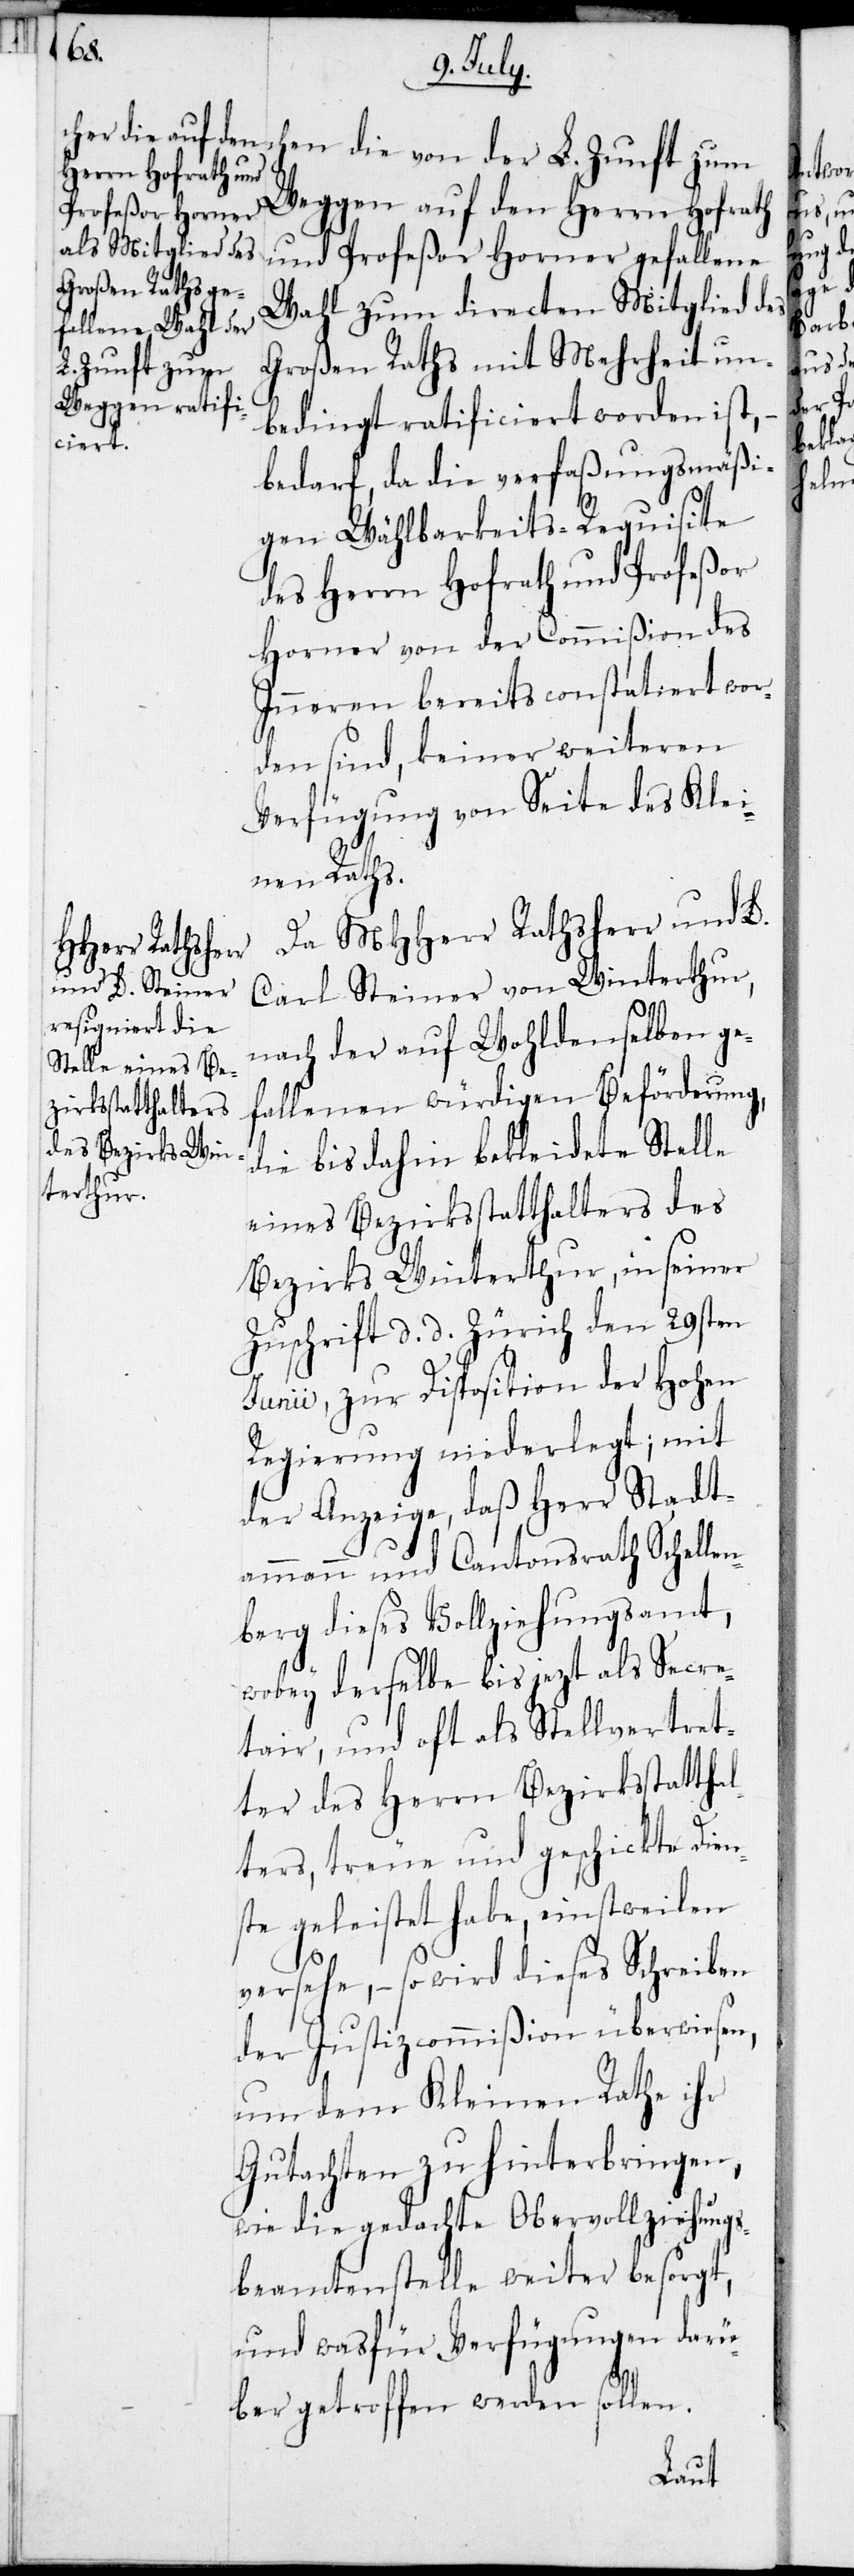
chen die von der L. Zunft zum
Weggen auf den Herrn Hofrath
und Profeßor Horner gefallene
Wahl zum directen Mitglied des
Großen Raths mit Mehrheit un¬
bedingt ratificiert worden ist, –
bedarf, da die verfaßungsmäßi¬
gen Wählbarkeits-Requisite
des Herrn Hofrath und Profeßor
Horner von der Commißion des
Inneren bereits constatiert wor¬
den sind, keiner weiteren
Verfügung von Seite des Klei¬
nen Raths.
Da MHHerr Rathsherr und L.
Carl Steiner von Winterthur,
nach der auf Wohldenselben ge¬
fallenen würdigen Beförderung,
die bis dahin bekleidete Stelle
eines Bezirksstatthalters des
Bezirks Winterthur, in seiner
Zuschrift d. d. Zürich den 29sten
Junii, zur Disposition der Hohen
Regierung niederlegt; mit
der Anzeige, daß Herr Stadt¬
ammann und Cantonsrath Schellen¬
berg dieses Vollziehungsamt,
wobey derselbe bis jezt als Secre¬
tär, und oft als Stellvertret¬
ter des Herrn Bezirksstatthal¬
ters, treue und geschickte Dien¬
ste geleistet habe, einstweilen
versehe, – so wird dieses Schreiben
der Justizcommißion überwiesen,
um dem Kleinen Rath ihr
Gutachten zu hinterbringen,
wie die gedachte Obervollziehungs¬
beamtenstelle weiter besorgt,
und wasfür Verfügungen darü¬
ber getroffen werden sollen.